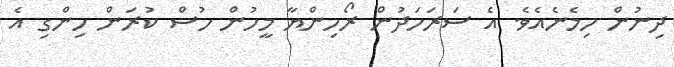
ދިނުން ހިމެެނެއެވެ. އެ ސަރަަހަދުން ރޯހިންޔާ މީހުން ހުސް ކުރަން ހިންގި އެ